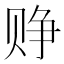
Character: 𬥷